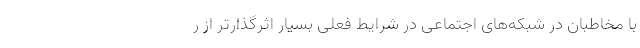
با مخاطبان در شبکه‌های اجتماعی در شرایط فعلی بسیار اثرگذارتر از ر